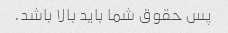
پس حقوق شما باید بالا باشد.